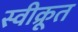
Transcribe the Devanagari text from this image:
स्वीक्रूत